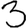
Digit: 3